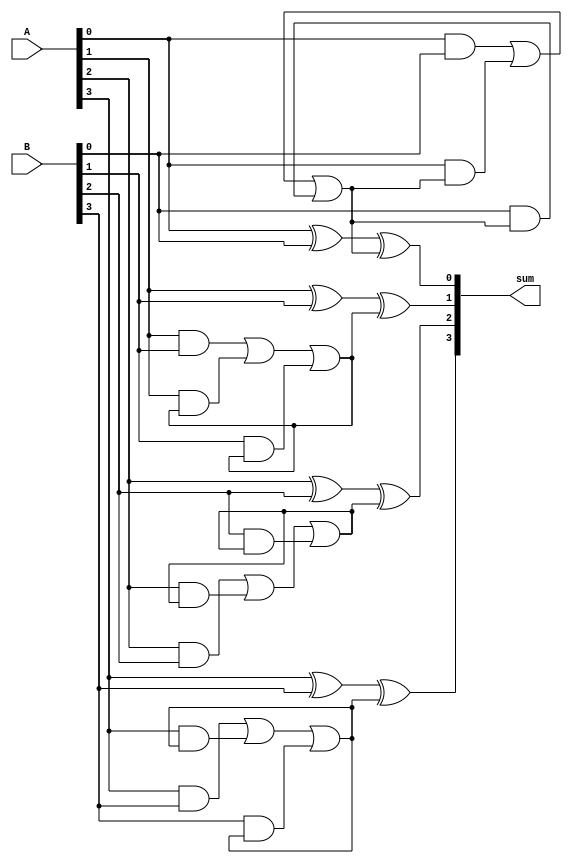
module manchester_carry_chain_adder(
    input wire [3:0] A,
    input wire [3:0] B,
    output reg [4:0] sum
);

reg [4:0] carry_chain;

assign sum[0] = A[0] ^ B[0] ^ carry_chain[0];
assign sum[1] = A[1] ^ B[1] ^ carry_chain[1];
assign sum[2] = A[2] ^ B[2] ^ carry_chain[2];
assign sum[3] = A[3] ^ B[3] ^ carry_chain[3];

always @(*) begin
    carry_chain[0] = (A[0] & B[0]) | (A[0] & carry_chain[0]) | (B[0] & carry_chain[0]);
    carry_chain[1] = (A[1] & B[1]) | (A[1] & carry_chain[1]) | (B[1] & carry_chain[1]);
    carry_chain[2] = (A[2] & B[2]) | (A[2] & carry_chain[2]) | (B[2] & carry_chain[2]);
    carry_chain[3] = (A[3] & B[3]) | (A[3] & carry_chain[3]) | (B[3] & carry_chain[3]);
end

endmodule